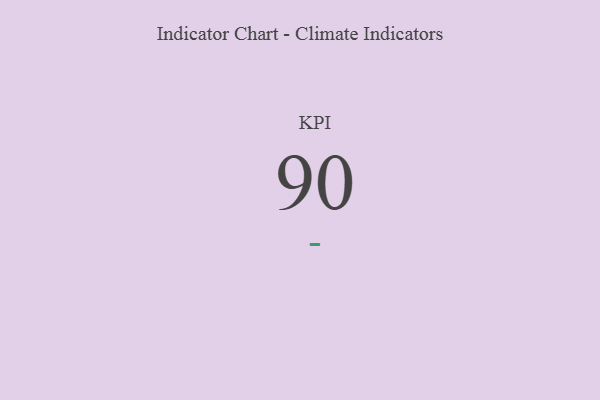
{"axis": {"x": "KPI", "y": "Value"}, "legend": [""], "data": [{"x": "KPI", "y": 90, "type": ""}]}